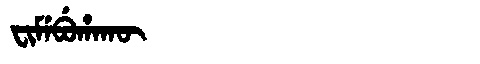
Manchu: ᠸᡳᠮᡝᠪᡠᡥᠠᡴᡡ
Romanization: FIMEBUHAKŪ